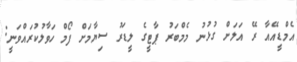
އެމްޑީއޭއާ ރޭ އަލަށް ގުޅުނު މެމްބަރު ޕާޓީގެ ލީޑަރު ސިޔާމަށް ފޯމް ހަވާލުކުރައްވަނީ: